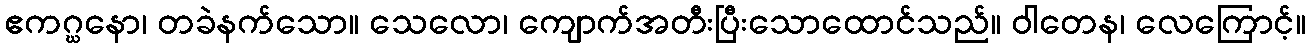
ဧကဂ္ဃနော၊ တခဲနက်သော။ သေလော၊ ကျောက်အတီးပြီးသောထောင်သည်။ ဝါတေန၊ လေကြောင့်။